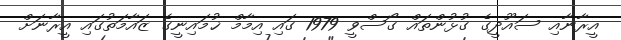
އީރާނާއި ސައޫދީގެ ގުޅުންތައް ގޯސްވީ 1979 ގައި އިމާމް ޚުމައިނީގެ ޒައާމަތުގައި އީރާނަށް